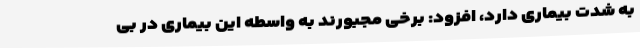
به شدت بیماری دارد، افزود: برخی مجبورند به واسطه این بیماری در بی